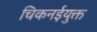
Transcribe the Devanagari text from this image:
चिकनईयुक्त